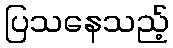
ပြသနေသည့်